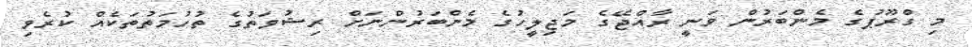
މި ގްރޫޕުގެ މެންބަރުން ވަނީ ރާއްޖޭގެ މަޖިލީހުގެ މެންބަރުންނަށް ރިޝުވަތުގެ ތުހުމަތުތަކެއް ކުރެވި